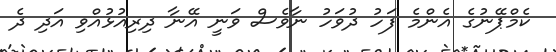
ކެމްޕޭނުގެ އެންމެ ފަހު ދުވަހު ނާވެސް ވަނީ އޭނާ ދިރިއުޅުއްވި އަދި ދެ